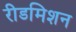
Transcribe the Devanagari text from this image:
रीडमिशन